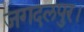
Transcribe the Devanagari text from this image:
जगदलपुर।